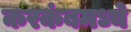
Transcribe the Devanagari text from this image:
करकंबमध्ये